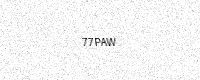
Text: 77PAW